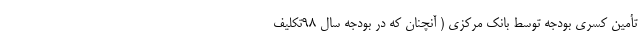
تأمین کسری بودجه توسط بانک مرکزی ( آنچنان که در بودجه سال 98تکلیف